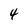
Character: 4